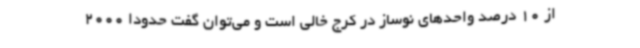
از 10 درصد واحدهای نوساز در کرج خالی است و می‌توان گفت حدوداً 2000